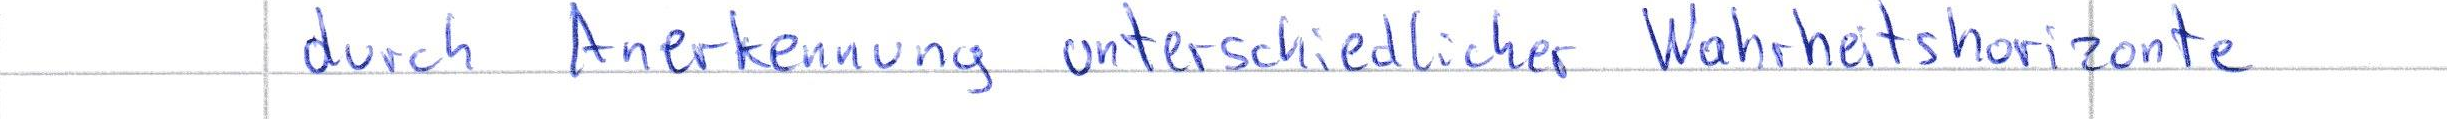
durch Anerkennung unterschiedlicher Wahrheitshorizonte